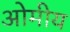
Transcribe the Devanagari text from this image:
ओमीय